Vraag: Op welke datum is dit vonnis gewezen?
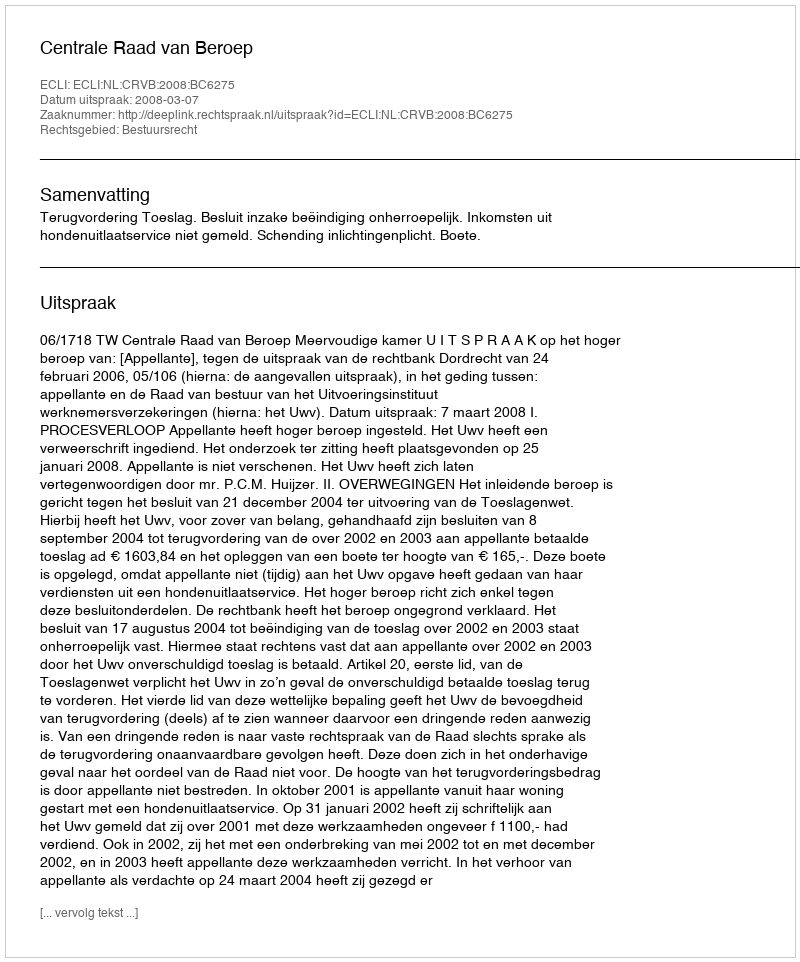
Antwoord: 2008-03-07